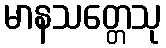
မာနသတ္တေသု